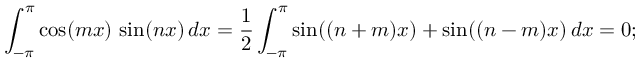
\int _ { - \pi } ^ { \pi } \cos ( m x ) \, \sin ( n x ) \, d x = { \frac { 1 } { 2 } } \int _ { - \pi } ^ { \pi } \sin ( ( n + m ) x ) + \sin ( ( n - m ) x ) \, d x = 0 ;